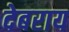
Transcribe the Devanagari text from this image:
देबराय